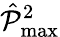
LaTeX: \hat{\mathcal{P}}_{\operatorname*{max}}^{2}